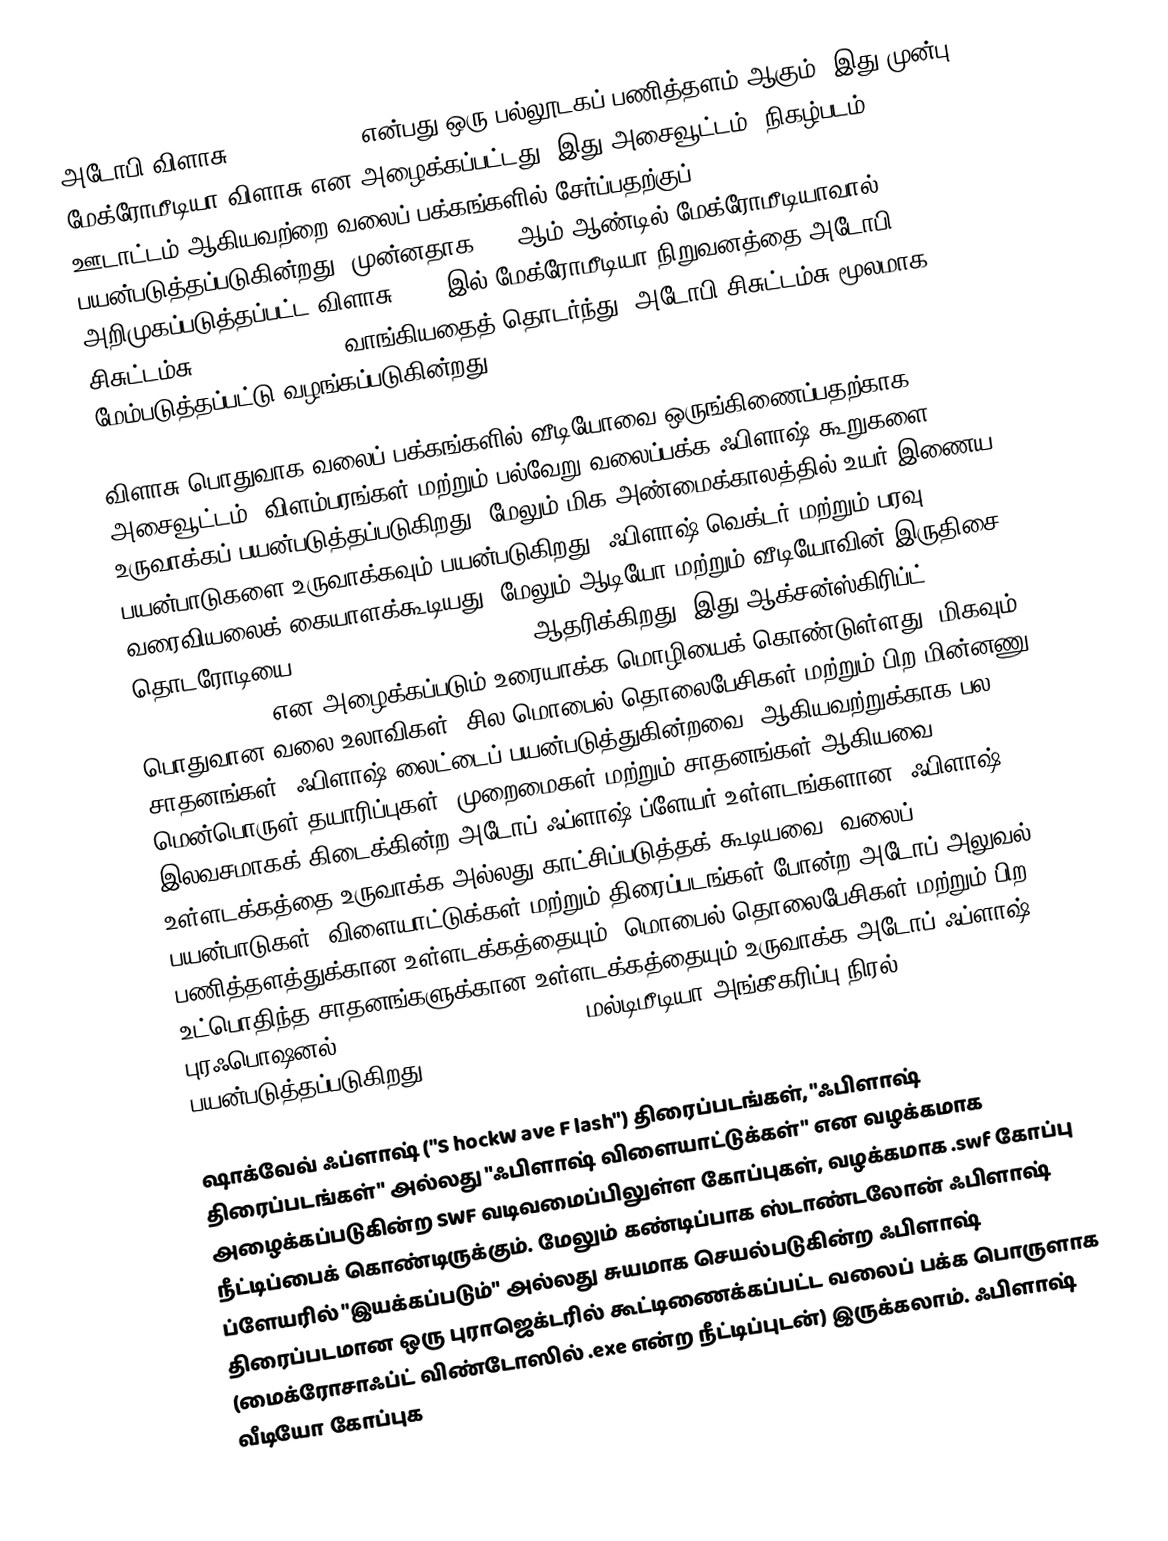
அடோபி விளாசு (Adobe Flash) என்பது ஒரு பல்லூடகப் பணித்தளம் ஆகும். இது முன்பு மேக்ரோமீடியா விளாசு என அழைக்கப்பட்டது. இது அசைவூட்டம், நிகழ்படம், ஊடாட்டம் ஆகியவற்றை வலைப் பக்கங்களில் சேர்ப்பதற்குப் பயன்படுத்தப்படுகின்றது. முன்னதாக 1996ஆம் ஆண்டில் மேக்ரோமீடியாவால் அறிமுகப்படுத்தப்பட்ட விளாசு, 2005இல் மேக்ரோமீடியா நிறுவனத்தை அடோபி சிசுட்டம்சு (Adobe Systems) வாங்கியதைத் தொடர்ந்து, அடோபி சிசுட்டம்சு மூலமாக மேம்படுத்தப்பட்டு வழங்கப்படுகின்றது.

விளாசு பொதுவாக வலைப் பக்கங்களில் வீடியோவை ஒருங்கிணைப்பதற்காக அசைவூட்டம், விளம்பரங்கள் மற்றும் பல்வேறு வலைப்பக்க ஃபிளாஷ் கூறுகளை உருவாக்கப் பயன்படுத்தப்படுகிறது. மேலும் மிக அண்மைக்காலத்தில் உயர் இணைய பயன்பாடுகளை உருவாக்கவும் பயன்படுகிறது. ஃபிளாஷ் வெக்டர் மற்றும் பரவு வரைவியலைக் கையாளக்கூடியது. மேலும் ஆடியோ மற்றும் வீடியோவின் இருதிசை தொடரோடியை (bidirectional streaming) ஆதரிக்கிறது. இது ஆக்சன்ஸ்கிரிப்ட் (ActionScript) என அழைக்கப்படும் உரையாக்க மொழியைக் கொண்டுள்ளது. மிகவும் பொதுவான வலை உலாவிகள், சில மொபைல் தொலைபேசிகள் மற்றும் பிற மின்னணு சாதனங்கள் (ஃபிளாஷ் லைட்டைப் பயன்படுத்துகின்றவை) ஆகியவற்றுக்காக பல மென்பொருள் தயாரிப்புகள், முறைமைகள் மற்றும் சாதனங்கள் ஆகியவை இலவசமாகக் கிடைக்கின்ற அடோப் ஃப்ளாஷ் ப்ளேயர் உள்ளடங்களான, ஃபிளாஷ் உள்ளடக்கத்தை உருவாக்க அல்லது காட்சிப்படுத்தக் கூடியவை. வலைப் பயன்பாடுகள், விளையாட்டுக்கள் மற்றும் திரைப்படங்கள் போன்ற அடோப் அலுவல் பணித்தளத்துக்கான உள்ளடக்கத்தையும், மொபைல் தொலைபேசிகள் மற்றும் பிற உட்பொதிந்த சாதனங்களுக்கான உள்ளடக்கத்தையும் உருவாக்க அடோப் ஃப்ளாஷ் புரஃபொஷனல் (Adobe Flash Professional) மல்டிமீடியா அங்கீகரிப்பு நிரல் பயன்படுத்தப்படுகிறது.

ஷாக்வேவ் ஃப்ளாஷ் ("S hockW ave F lash") திரைப்படங்கள், "ஃபிளாஷ் திரைப்படங்கள்" அல்லது "ஃபிளாஷ் விளையாட்டுக்கள்" என வழக்கமாக அழைக்கப்படுகின்ற SWF வடிவமைப்பிலுள்ள கோப்புகள், வழக்கமாக .swf கோப்பு நீட்டிப்பைக் கொண்டிருக்கும். மேலும் கண்டிப்பாக ஸ்டாண்டலோன் ஃபிளாஷ் ப்ளேயரில் "இயக்கப்படும்" அல்லது சுயமாக செயல்படுகின்ற ஃபிளாஷ் திரைப்படமான ஒரு புராஜெக்டரில் கூட்டிணைக்கப்பட்ட வலைப் பக்க பொருளாக (மைக்ரோசாஃப்ட் விண்டோஸில் .exe என்ற நீட்டிப்புடன்) இருக்கலாம். ஃபிளாஷ் வீடியோ கோப்புக